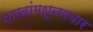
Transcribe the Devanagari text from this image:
शाखांमधूनतयार